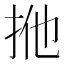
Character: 𢫌